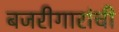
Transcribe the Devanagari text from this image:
बजरीगारांची